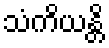
သံကိယန္တိ